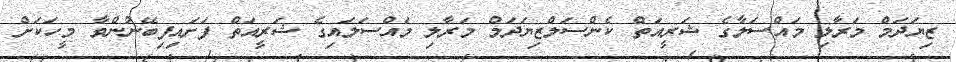
ޒިޔަދަމް މަރާލި މައްސަލާގެ ޝަރީއަތް ކެންސަލްޒިޔަދަމް މަރާލި މައްސަލައިގެ ޝަރީއަތް ފަށައިފިބޭނުންވާ މީހަކަށް